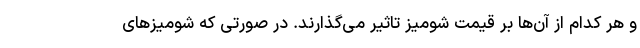
و هر کدام از آن‌ها بر قیمت شومیز تاثیر می‌گذارند. در صورتی که شومیزهای